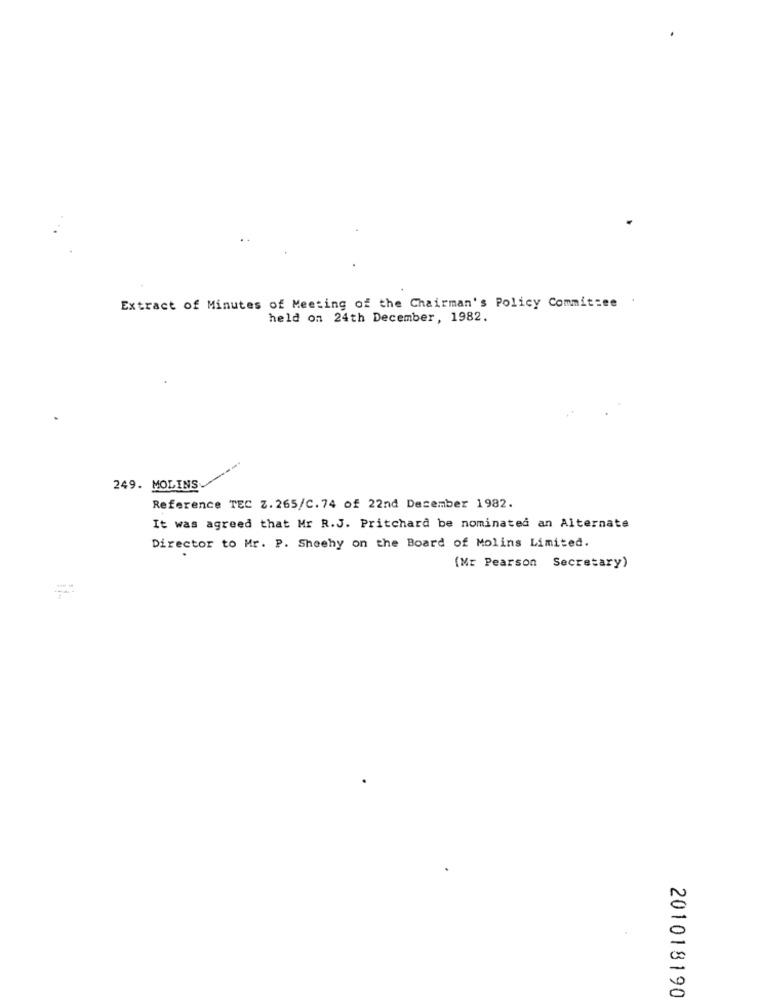
Extract of Minutes of Meeting of the Chairman's Policy Committee
held on 24th December, 1982.
249. MOLINS
Reference TEC Z. 265/C.74 of 22nd December 1982.
It was agreed that Mr R.J. Pritchard be nominated an Alternate
Director to Mr. P. Sheehy on the Board of Molins Limited.
(Mr Pearson Secretary)
201018190